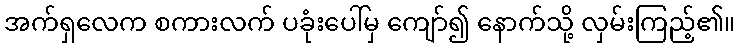
အက်ရှလေက စကားလက် ပခုံးပေါ်မှ ကျော်၍ နောက်သို့ လှမ်းကြည့်၏။